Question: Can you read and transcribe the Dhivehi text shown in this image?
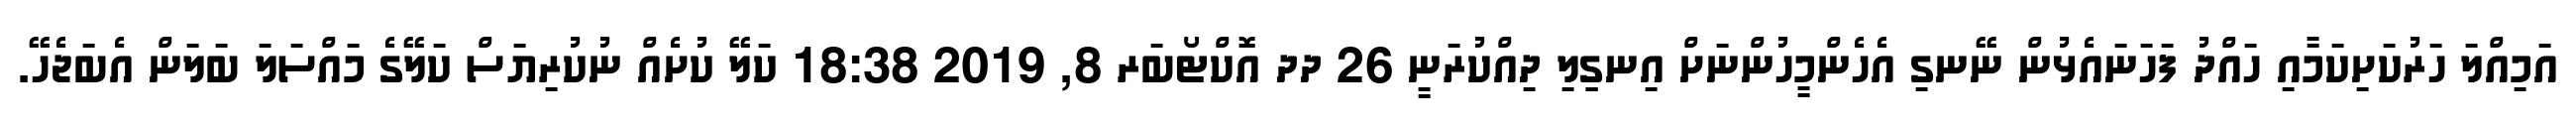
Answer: އަމިއްލަ ހަރުކަށިކަމާއި ހައްދު ފަހަނައެޅުން ނޭނގި އެހެންމީހުންނަށް އިނގިިލި ދިއްކުރަނީ 26 ދދ އޮކްޓޯބަރ 8, 2019 18:38 ކަލޭ ކުށެއް ނުކުރިޔަސް ކަލޭގެ މައްސަލަ ބަލަން އެބަޖެހޭ.